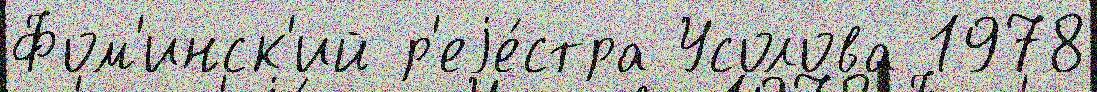
Фом'инск'ий р'еjе́стра Усолова 1978